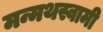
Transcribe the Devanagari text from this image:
मन्मथस्वामी